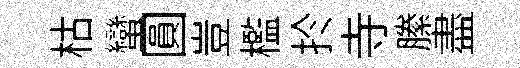
枯蠻圓豈檻扵寺縢盡